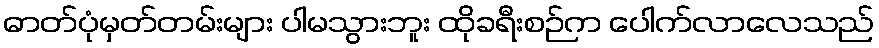
ဓာတ်ပုံမှတ်တမ်းများ ပါမသွားဘူး ထိုခရီးစဉ်က ပေါက်လာလေသည်